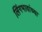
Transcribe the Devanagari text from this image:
लिंगभावांच्या